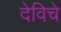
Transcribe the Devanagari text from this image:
देविचे